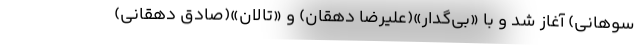
سوهانی) آغاز شد و با «بی‌گدار»(علیرضا دهقان) و «تالان»(صادق دهقانی)